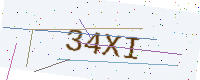
Text: 34XI